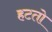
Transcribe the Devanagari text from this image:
हटतो